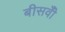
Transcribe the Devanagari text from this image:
बीसवीँ